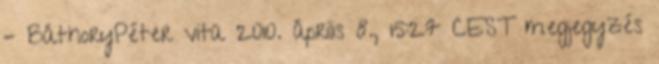
– BáthoryPéter vita 2010. április 8., 15:27 CEST megjegyzés